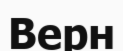
Верн